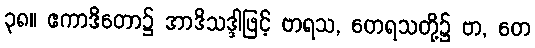
၃၈။ ဧကာဒိတော၌ အာဒိသဒ္ဒါဖြင့် ဗာရသ, တေရသတို့၌ ဗာ, တေ